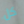
كل